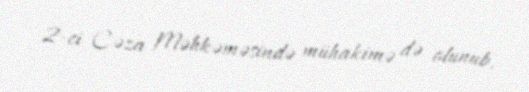
2-ci Cəza Məhkəməsində mühakimə də olunub.